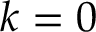
k = 0